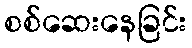
စစ်ဆေးနေခြင်း